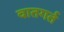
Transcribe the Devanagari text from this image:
वातगर्त